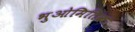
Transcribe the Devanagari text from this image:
भुओमितिक